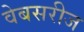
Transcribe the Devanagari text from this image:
वेबसरीज